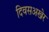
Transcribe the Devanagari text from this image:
दिवसअखेर